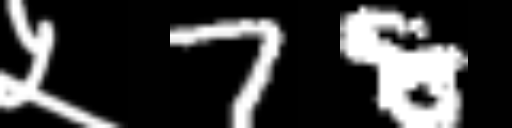
Text: ५78